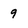
Character: 9